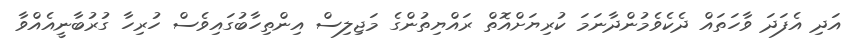
އަދި އެފަދަ ވާހަތައް ދެކެވެމުންދާނަމަ ކުރިޔަށްއޮތް ރައްޔިތުންގެ މަޖިލިސް އިންތިހާބުގައިވެސް ހުރިހާ ގުރުބާނީއެއްވާ